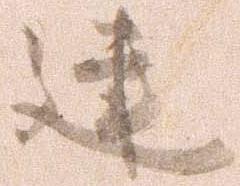
建